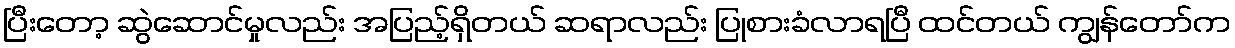
ပြီးတော့ ဆွဲဆောင်မှုလည်း အပြည့်ရှိတယ် ဆရာလည်း ပြုစားခံလာရပြီ ထင်တယ် ကျွန်တော်က